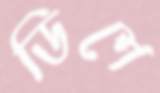
ডিশে